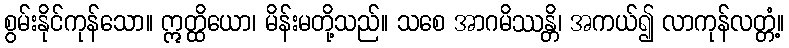
စွမ်းနိုင်ကုန်သော။ ဣတ္ထိယော၊ မိန်းမတို့သည်။ သစေ အာဂမိဿန္တိ၊ အကယ်၍ လာကုန်လတ္တံ့။